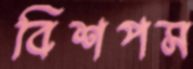
বিশপস